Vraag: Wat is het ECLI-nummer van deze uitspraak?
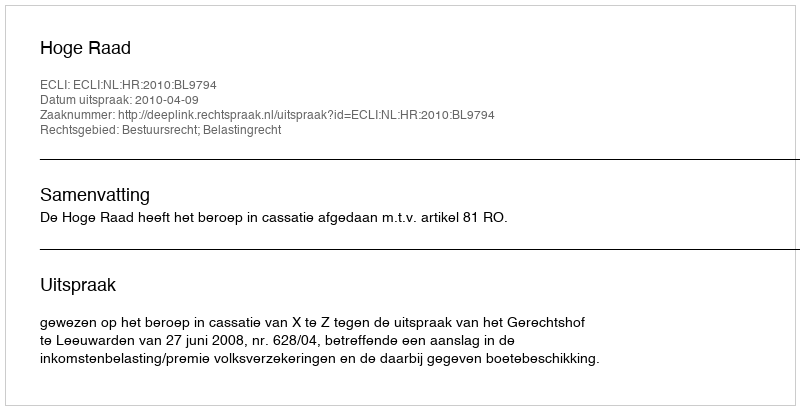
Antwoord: ECLI:NL:HR:2010:BL9794